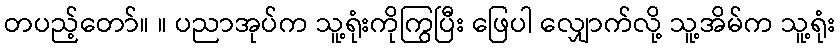
တပည့်တော်။ ။ ပညာအုပ်က သူ့ရုံးကိုကြွပြီး ဖြေပါ လျှောက်လို့ သူ့အိမ်က သူ့ရုံး